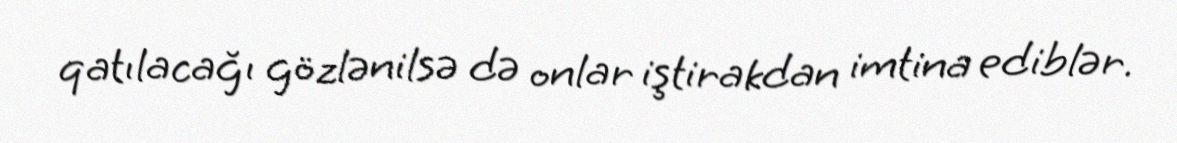
qatılacağı gözlənilsə də onlar iştirakdan imtina ediblər.